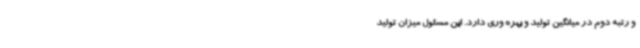
و رتبه دوم در میانگین تولید و بهره وری دارد. این مسئول میزان تولید